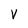
Character: V